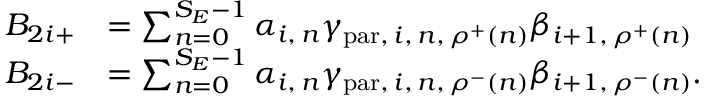
\begin{array} { r l } { B _ { 2 i + } } & { = \sum _ { n = 0 } ^ { S _ { E } - 1 } \alpha _ { i , \, n } \gamma _ { \mathrm { p a r } , \, i , \, n , \, \rho ^ { + } ( n ) } \beta _ { i + 1 , \, \rho ^ { + } ( n ) } } \\ { B _ { 2 i - } } & { = \sum _ { n = 0 } ^ { S _ { E } - 1 } \alpha _ { i , \, n } \gamma _ { \mathrm { p a r } , \, i , \, n , \, \rho ^ { - } ( n ) } \beta _ { i + 1 , \, \rho ^ { - } ( n ) } . } \end{array}